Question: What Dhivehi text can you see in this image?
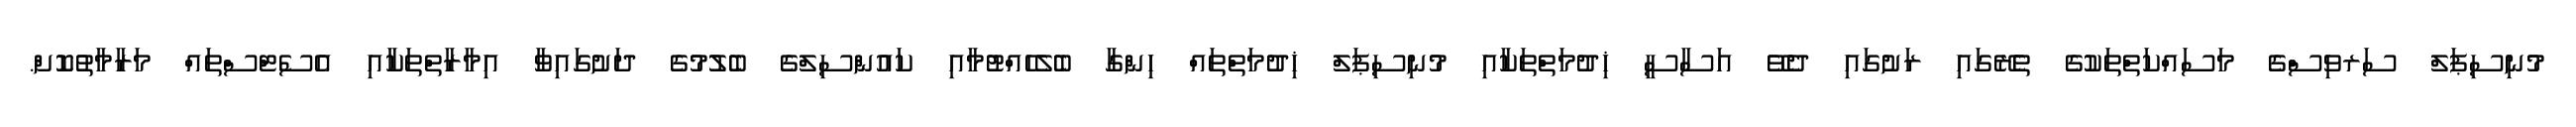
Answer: މުނިސިޕަލް ސަރވިސްގެ މަސައްކަތްތަކުގެ ތެރޭގައި ރަށުގައި ދެވޭ އަސާސީ ޚިދުމަތްތަކާއި މުނިސިޕަލް ޚިދުމަތްތައް ހިންގާ ބެލެހެއްޓުމާއި ކައުންސިލްގެ ބެލުމުގެ ދަށުގައިވާ އިމާރާތްތަކާއި އެސެޓްސްތައް މަރާމާތުކޮށް.